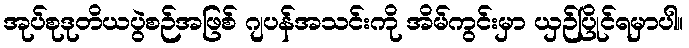
အုပ်စုဒုတိယပွဲစဉ်အဖြစ် ဂျပန်အသင်းကို အိမ်ကွင်းမှာ ယှဉ်ပြိုင်ရမှာပါ။